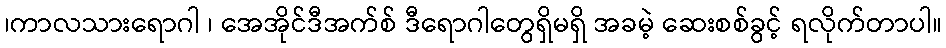
၊ကာလသားရောဂါ ၊ အေအိုင်ဒီအက်စ် ဒီရောဂါတွေရှိမရှိ အခမဲ့ ဆေးစစ်ခွင့် ရလိုက်တာပါ။